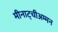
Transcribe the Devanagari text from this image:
मीनाट्चीअम्मन